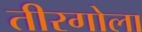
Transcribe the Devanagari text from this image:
तीरगोला